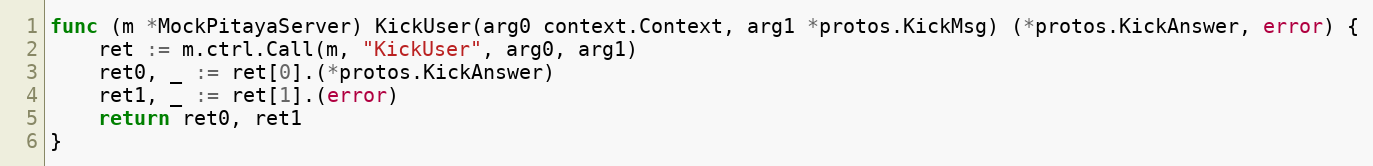
Language: Go
func (m *MockPitayaServer) KickUser(arg0 context.Context, arg1 *protos.KickMsg) (*protos.KickAnswer, error) {
	ret := m.ctrl.Call(m, "KickUser", arg0, arg1)
	ret0, _ := ret[0].(*protos.KickAnswer)
	ret1, _ := ret[1].(error)
	return ret0, ret1
}